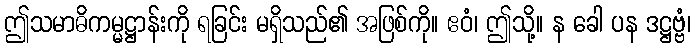
ဤသမာဓိကမ္မဋ္ဌာန်းကို ရခြင်း မရှိသည်၏ အဖြစ်ကို။ ဧဝံ၊ ဤသို့။ န ခေါ ပန ဒဋ္ဌဗ္ဗံ၊